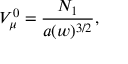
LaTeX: { \cal V } _ { \mu } ^ { 0 } = \frac { { \cal N } _ { 1 } } { a ( w ) ^ { 3 / 2 } } ,